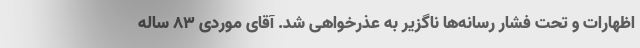
اظهارات و تحت فشار رسانه‌ها ناگزیر به عذرخواهی شد. آقای موردی ۸۳ ساله